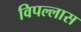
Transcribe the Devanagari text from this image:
विपल्लास